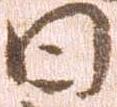
日